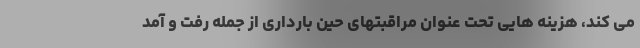
می کند، هزینه هایی تحت عنوان مراقبتهای حین بارداری از جمله رفت و آمد